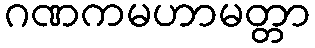
ဂဏကမဟာမတ္တာ